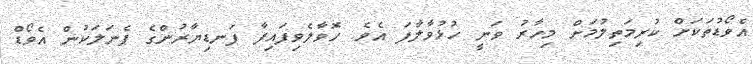
އެވޯޑުތަކަށް ކުރިމަތިލުމަށް މިހާރު ވަނީ ހުޅުވާލާފަ އެވެ. ހޮވާލެވިފައިފާ ފަނޑިޔާރުންގެ ޕެނަލަކުން އެވޯޑް